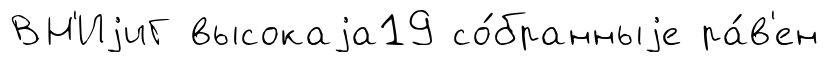
ВН'ИjиГ высокаjа19 со́бранныjе ра́в'ен